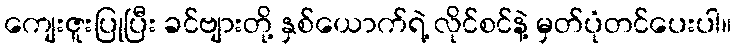
ကျေးဇူးပြုပြီး ခင်ဗျားတို့ နှစ်ယောက်ရဲ့ လိုင်စင်နဲ့ မှတ်ပုံတင်ပေးပါ။